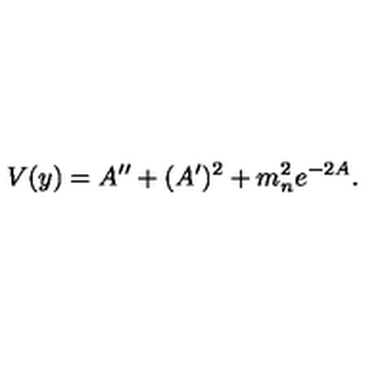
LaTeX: V ( y ) = A ^ { \prime \prime } + ( A ^ { \prime } ) ^ { 2 } + m _ { n } ^ { 2 } e ^ { - 2 A } .